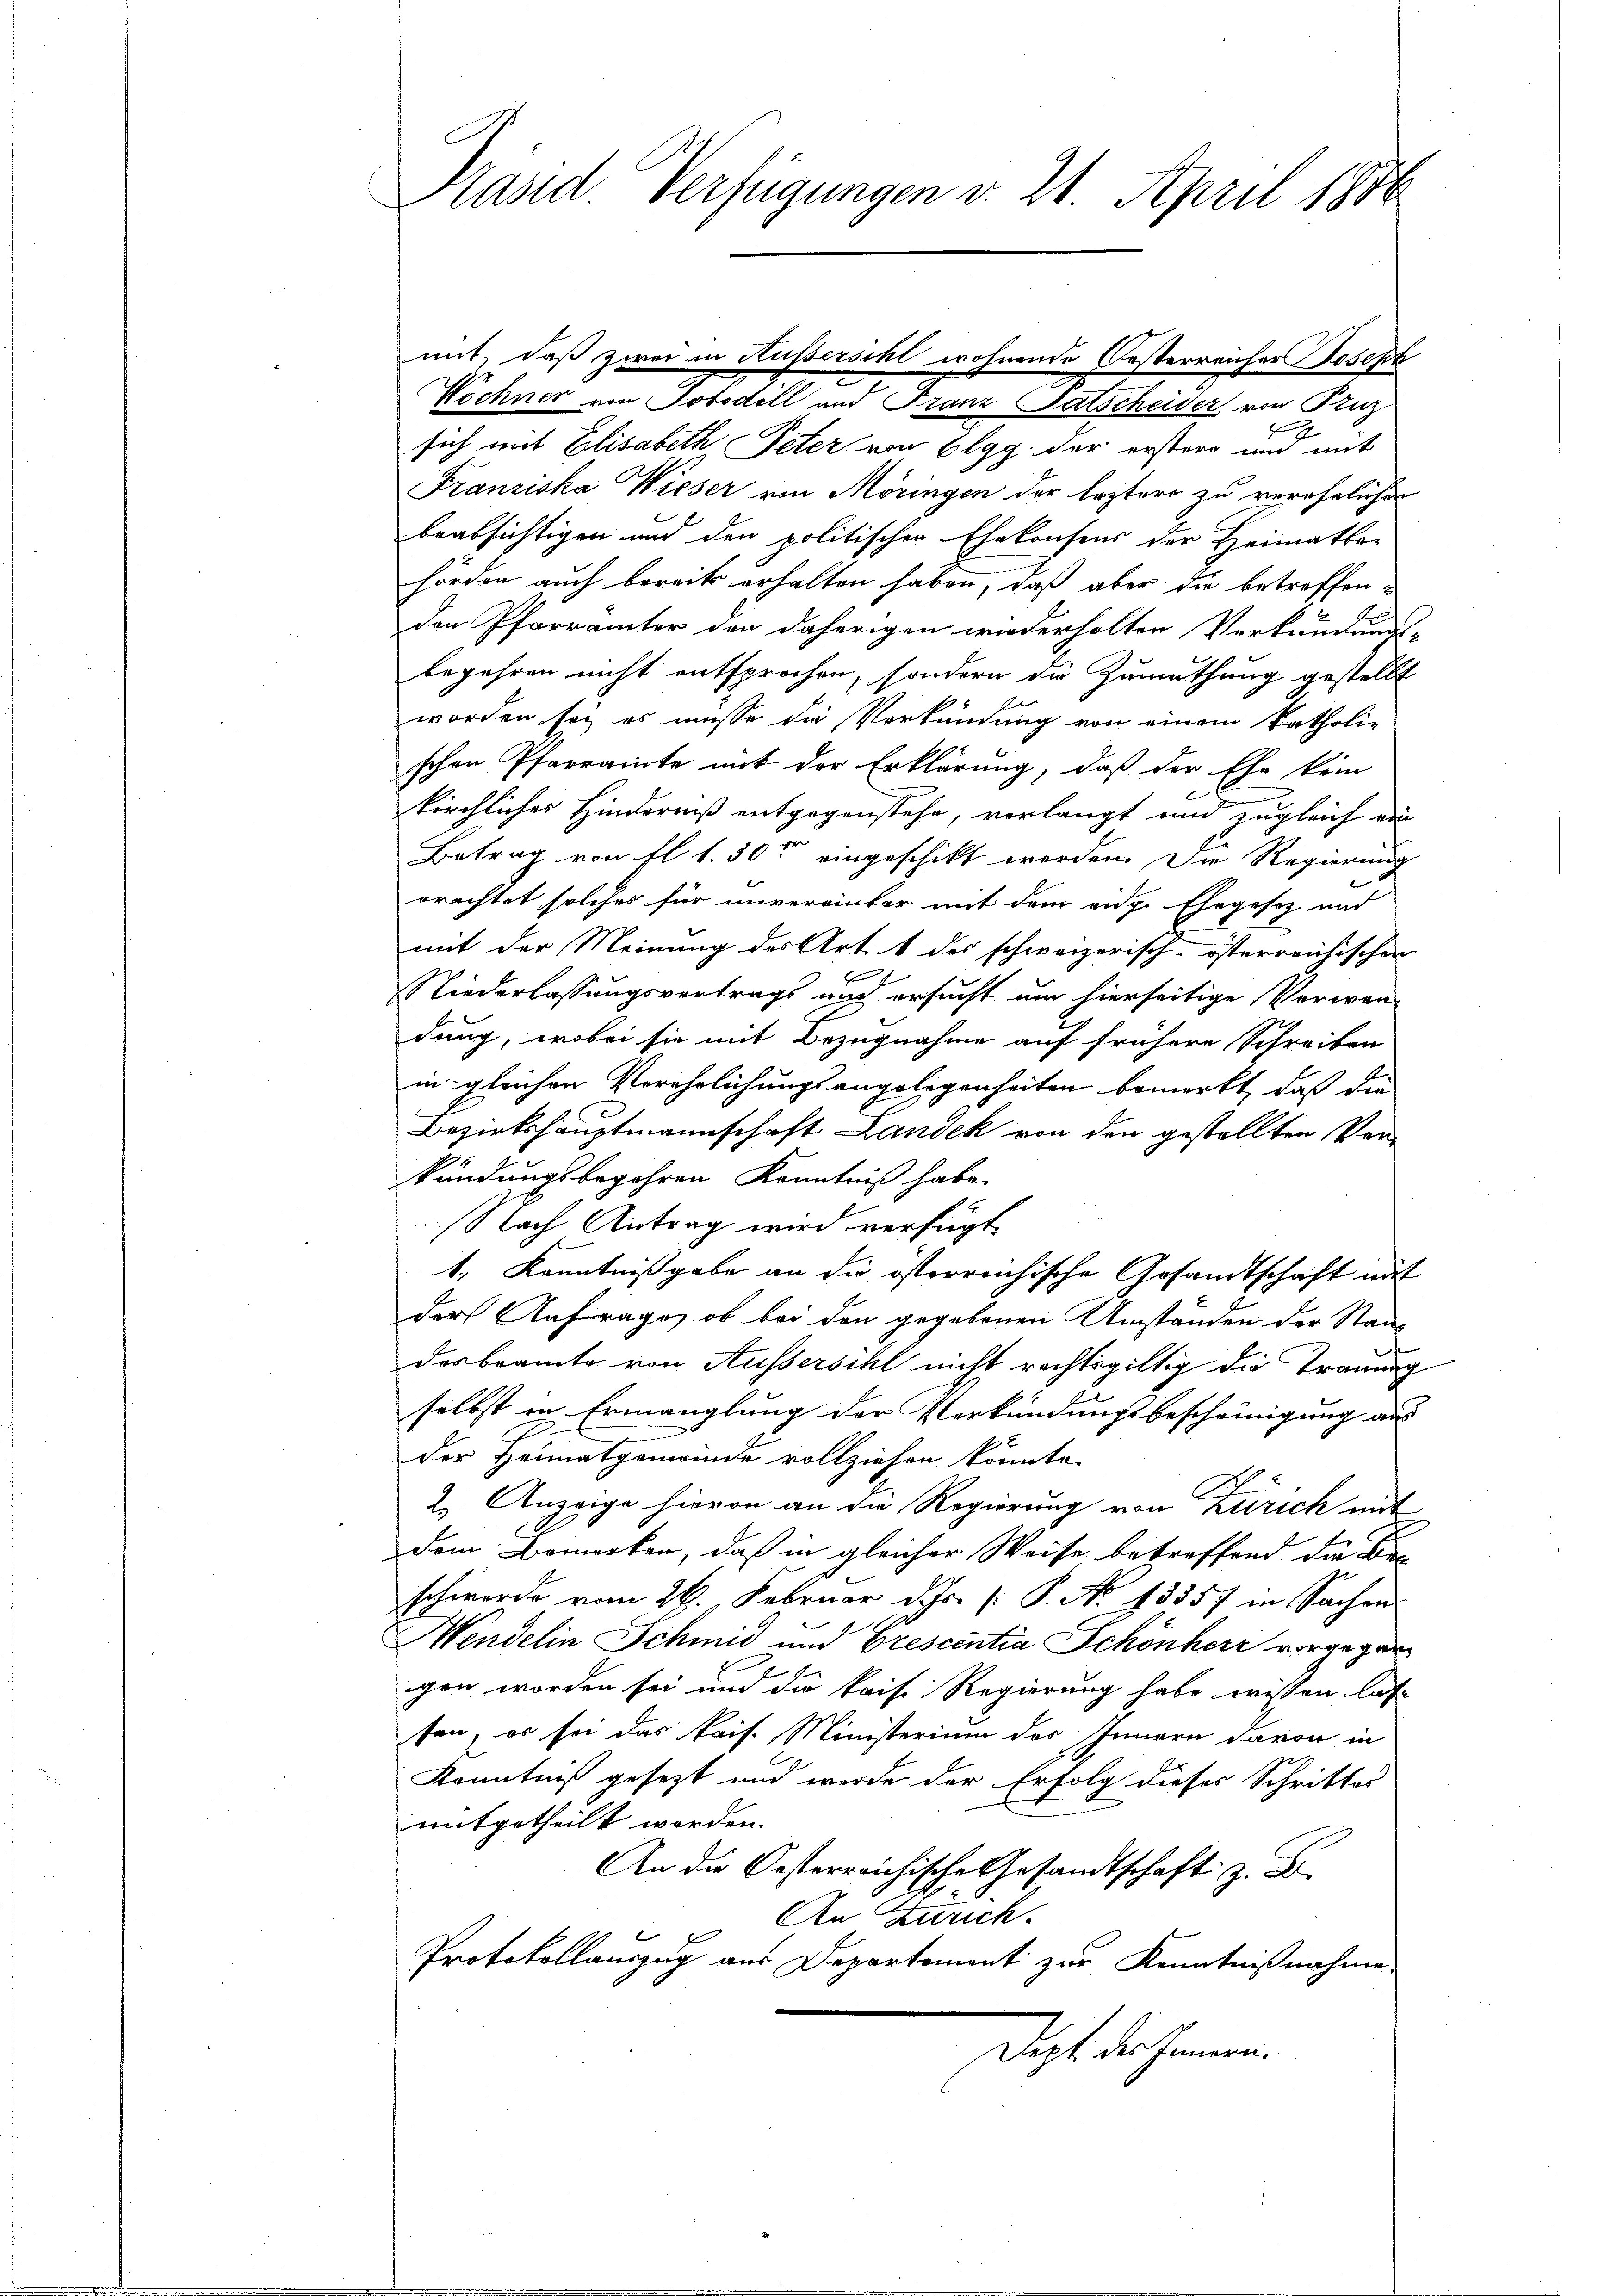
Präsid. Verfügungen v. 21. April 1886

Wöchner von Tobodill und Franz-Satscheider von Truz
g
sich mit Elisabeth Peter von Elgg. der erster mich mit
Franziska Wieser von Möringen der Erztere zu verehrlichen
beabsichtigen und den politischen Ehekonsens der Heimathar
hörden auch bereits erhalten haben, daß aber die betroffenden Pfarrämter den daherigen wiederholten Verkundungs-
begehren nicht entsprochen, sondern die Zumuthung gestellt
worden sei es müsse die Verkündung von einem katholie
schen Pfarrainte mit der Erklärung, daß der Ehe kein
kirchliches Hinderniß entgegenstehe, verlangt und zugleich ein
Betrag von fl. 1. 30t eingeschikt worden. Die Regierung
erachtet solches für unvereinbar mit dem eidg. Ehegesez und
mit der Meinung des Art. 1 des schweizerisch-österreichischen
G
Niederlassungsvertrags und ersucht um hierseitige Verwan-
dung, wobei sie mit Bezugnahme auf frühere Schreiben
in gleichen Verehrlichungsangelegenheiten bemerkt, daß die
Bezirkshauptmannschaft Landek von den gestellten Verkündungsbegehren Kenntniß habe
(Nach Antrag wird verfügt:
1., Kenntnißgabe an die österreichische Gesandtschaft mit
der Anfrage, ob bei den gegebenen Umständen der Staat
desbeamte von Aussersihl nicht rechtsgültig die Trauung
selbst in Ermanglung der Verkündungsbescheinigung aus
der Heimatgemwinde vollziehen könnte.
2.) Anzeige hievon an die Regierung von Zürich mit
Dem Bemerken, daß in gleicher Weise betreffend die Be
schwerde vom 29. Februar d. Js. [ P. No 13357 in Sachen
Mendelin Schmid und Prescentia Schönherr vorgegen
gen worden sei und die kaise Regierung habe wissen las-
sen, er sei das kais. Ministerium des Innern davon in
Kenntniß gesezt und werde der Erfolg dieser Schrittes
mitgetheilt worden.
An die Oesterreichische Gesandtschaft z. B.
An Zürich.
Protokollauszug aus Departement zur Kenntnißnahme
ist der seinen

mit, daß zwei in Aussersihl wohnende Oesterreicher Joseph
.